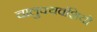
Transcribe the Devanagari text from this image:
चालुक्यवंशियों